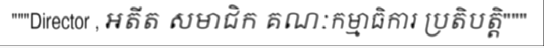
"""Director , អតីត សមាជិក គណៈកម្មាធិការ ប្រតិបត្តិ"""